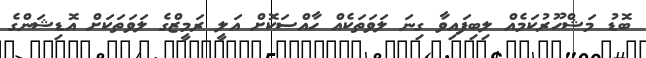
ބޮޑު މަޝްހޫރުކަމެއް ލިބިފައިވާ ގިނަ ލަވަތަކެއް ހާއްސަކޮށް އަލީ ރަމީޒްގެ ލަވަތަކަށް އޮޑިޝަންގެ